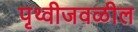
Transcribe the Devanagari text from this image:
पृथ्वीजवळील